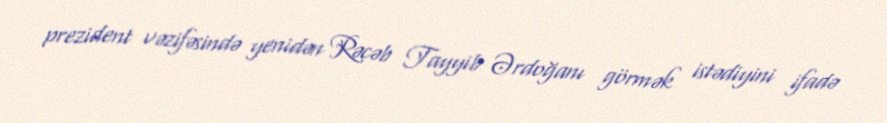
prezident vəzifəsində yenidən Rəcəb Tayyib Ərdoğanı görmək istədiyini ifadə